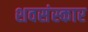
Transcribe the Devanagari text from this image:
शवसंस्कार